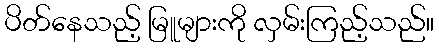
ပိတ်နေသည့် မြူများကို လှမ်းကြည့်သည်။